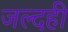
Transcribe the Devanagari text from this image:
जल्‍दही